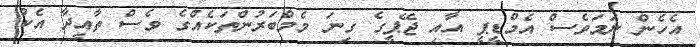
އެހެން ނަމަވެސް އެމްޑީޕީ އާއި ޖޭޕީގެ ގިނަ މެމްބަރުންތަކެއްގެ ވެސް ތާއީދާ އެކު